65_HS1-834228961_62-HQ-83894_Section_5
Agency: FBI
Page 201
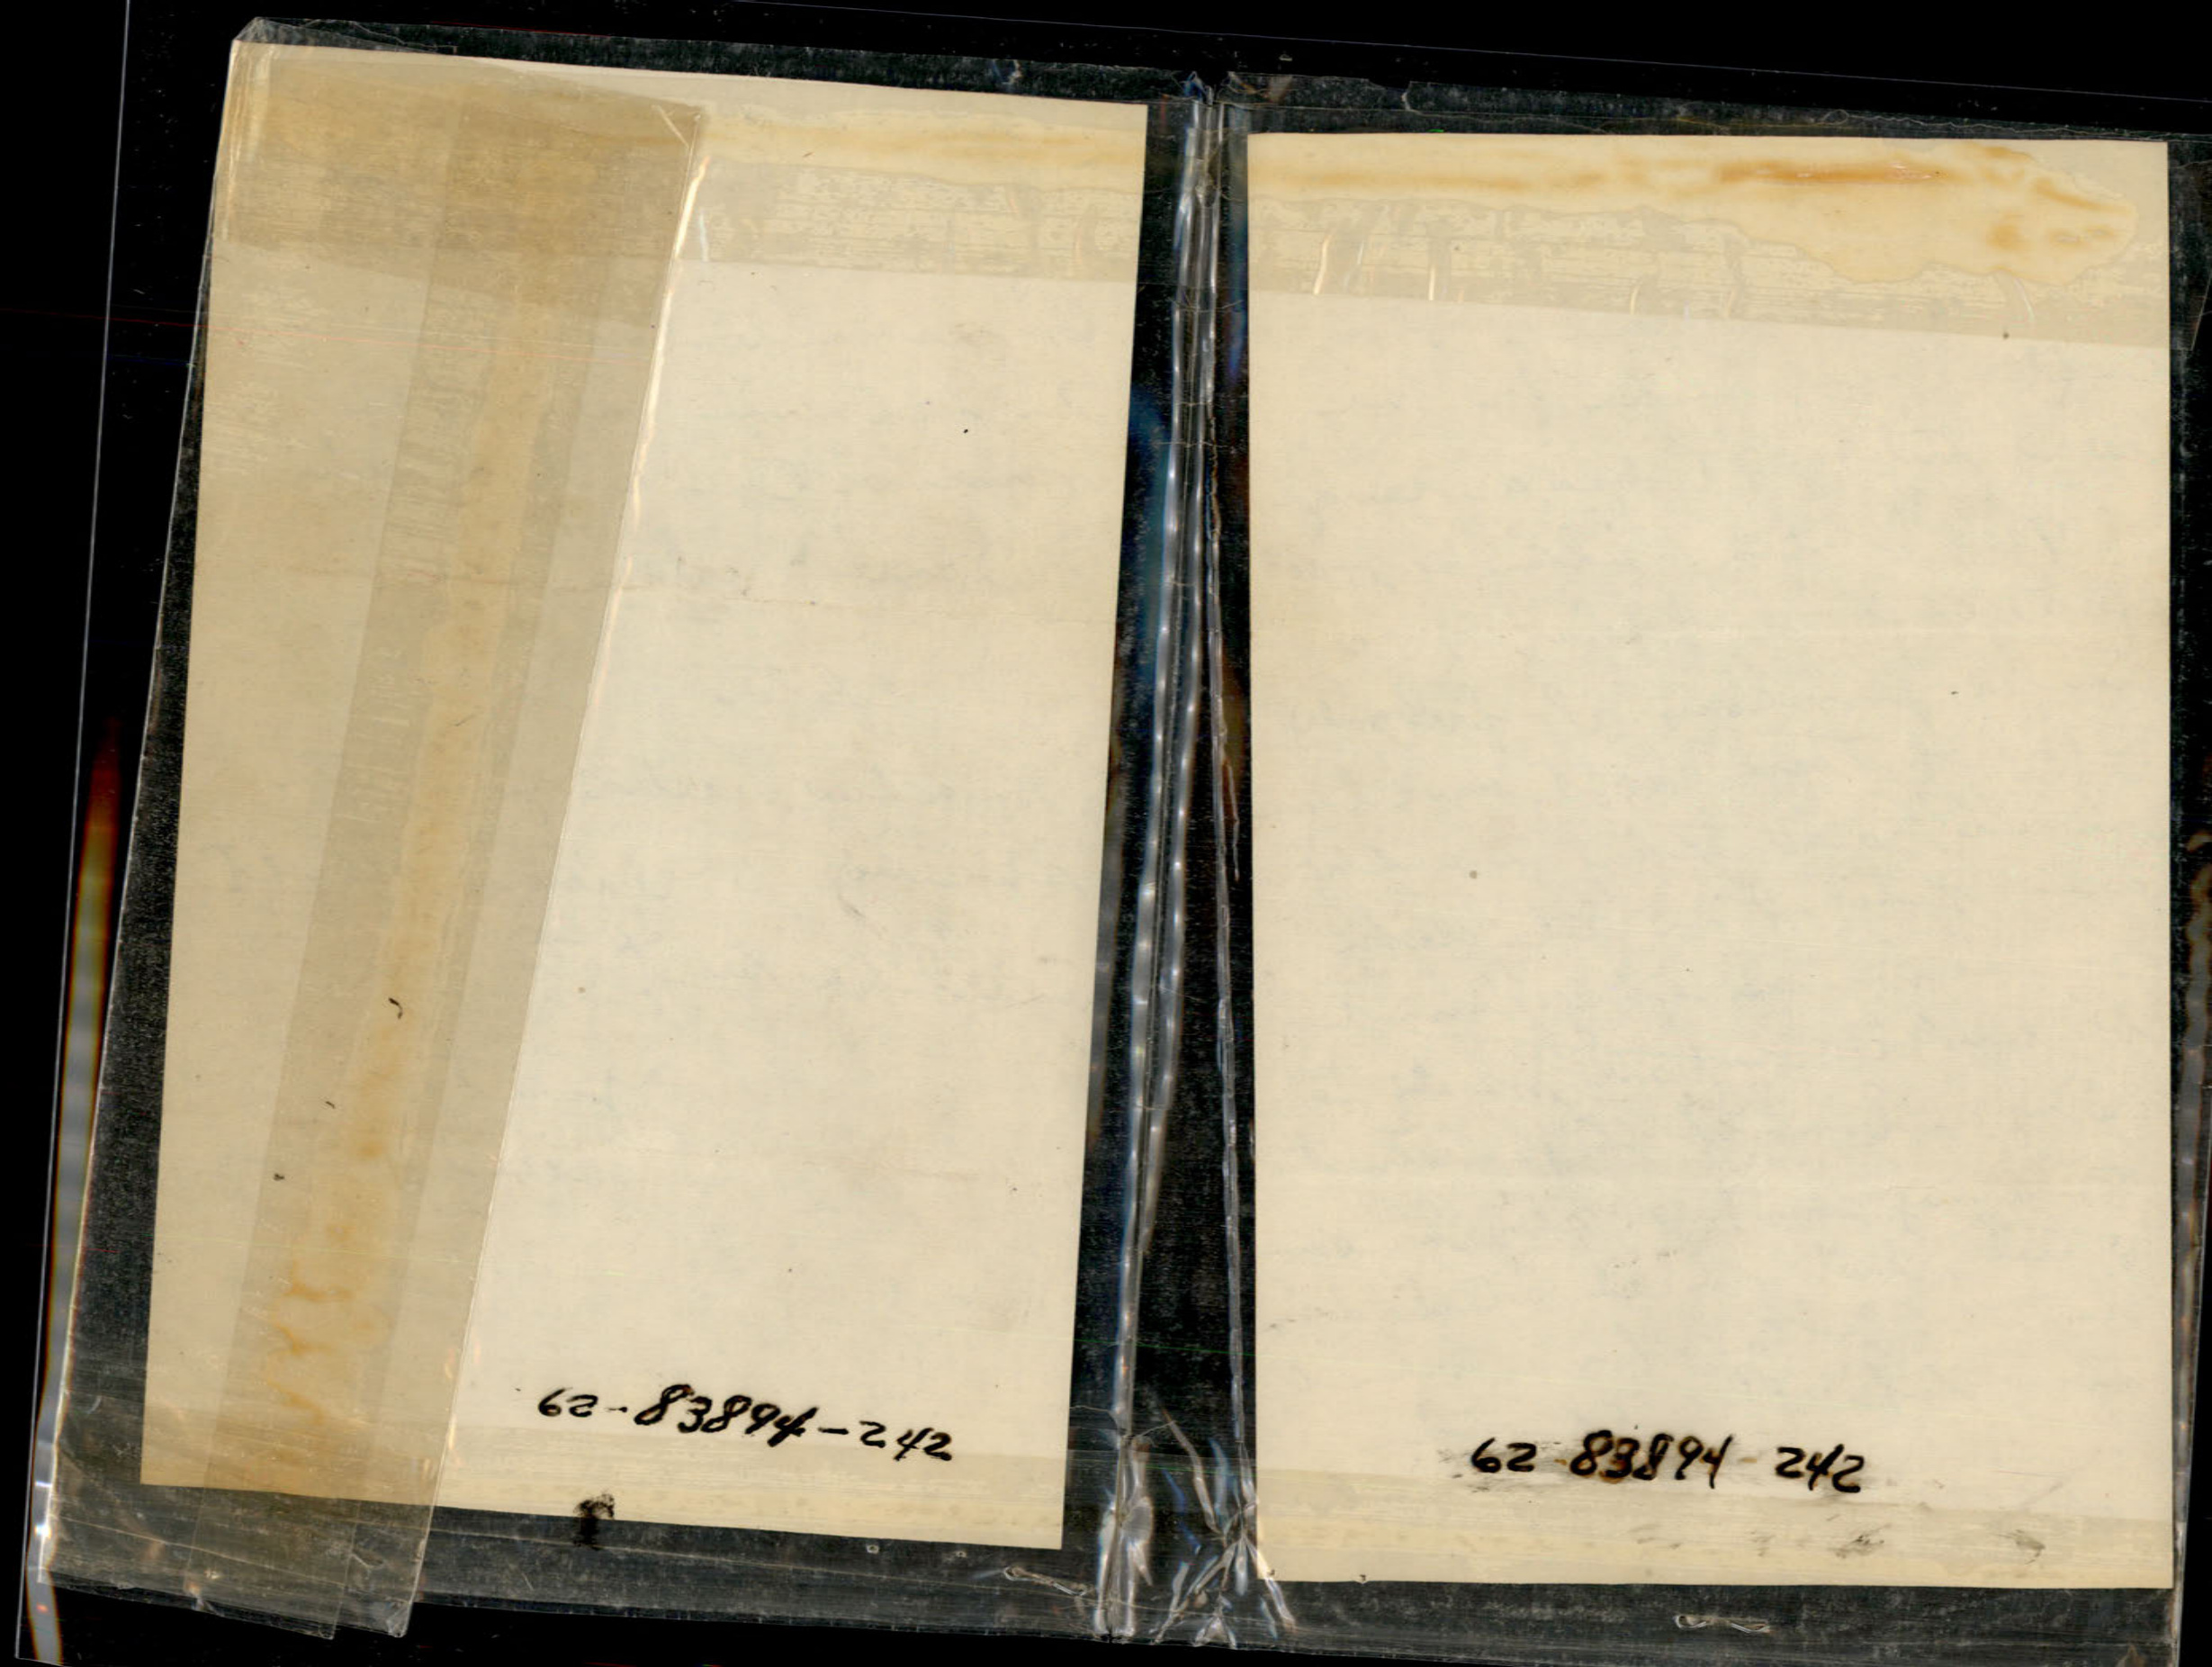